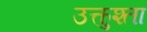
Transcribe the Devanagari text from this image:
उत्कुश्ता